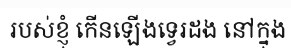
របស់ខ្ញុំ កើនឡើងទ្វេរដង នៅក្នុង